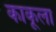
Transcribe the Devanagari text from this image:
काकूला